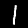
Digit: 1